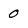
Character: 0